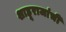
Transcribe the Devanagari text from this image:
शाहूराजांची